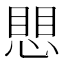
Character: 愳